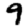
Digit: 9